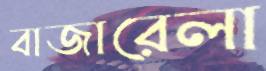
বাজারেলা